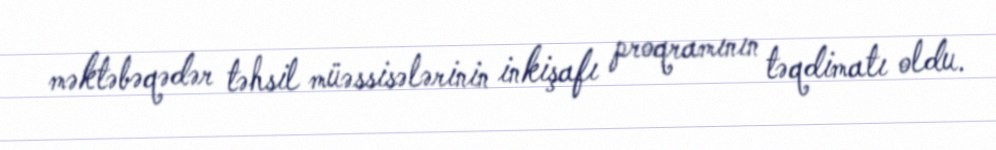
məktəbəqədər təhsil müəssisələrinin inkişafı proqramının təqdimatı oldu.